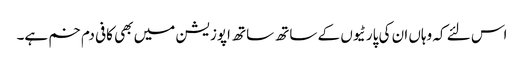
اس لئے کہ وہاں ان کی پارٹیوں کے ساتھ ساتھ اپوزیشن میں بھی کافی دم خم ہے۔